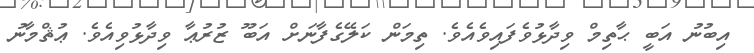
އިބުނު އަބީ ޙާތިމް ވިދާޅުވެފައިވެއެވެ. ތިމަން ކަލޭގެފާނަށް އަބޫ ޒުރުޢާ ވިދާޅުވިއެވެ. ޢުޘްމާނު